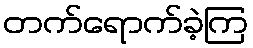
တက်ရောက်ခဲ့ကြ